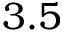
3 . 5